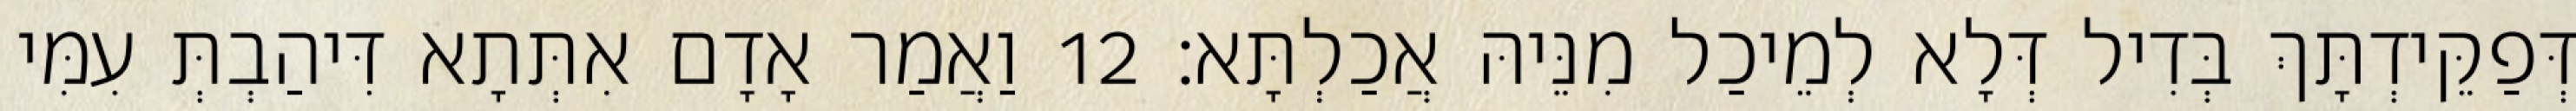
דְּפַקֵּידְתָּךְ בְּדִיל דְּלָא לְמֵיכַל מִנֵּיהּ אֲכַלְתָּא׃ 12 וַאֲמַר אָדָם אִתְּתָא דִּיהַבְתְּ עִמִּי